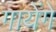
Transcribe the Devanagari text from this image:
गायेंगे